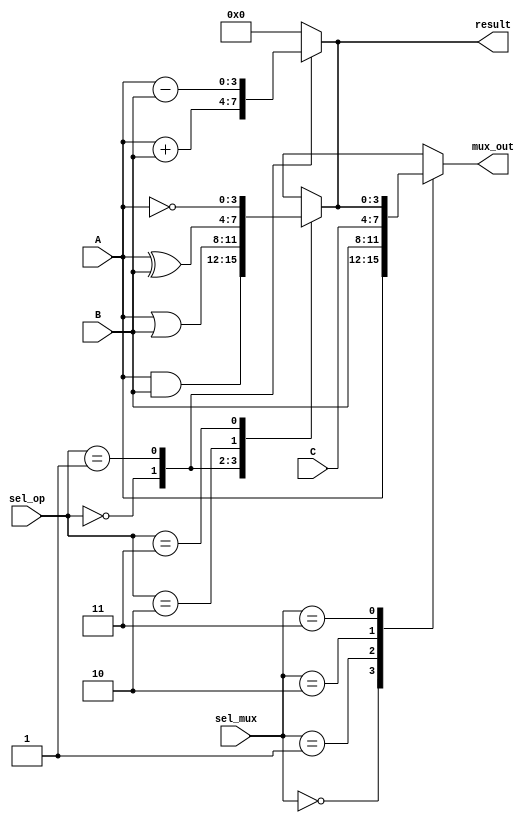
module combinational_logic_block (
    input wire [3:0] A,          // 4-bit input A
    input wire [3:0] B,          // 4-bit input B
    input wire [3:0] C,          // 4-bit input C
    input wire [1:0] sel_op,     // Operation selection
    input wire [1:0] sel_mux,    // MUX selection
    output reg [3:0] result,     // 4-bit result output
    output reg [3:0] mux_out      // MUX output
);

// Logic Unit
always @(*) begin
    case (sel_op)
        2'b00: result = A & B;         // AND operation
        2'b01: result = A | B;         // OR operation
        2'b10: result = A ^ B;         // XOR operation
        2'b11: result = ~A;            // NOT operation
        default: result = 4'b0000;     // Default case
    endcase
end

// Multiplexer
always @(*) begin
    case (sel_mux)
        2'b00: mux_out = A;            // Select A
        2'b01: mux_out = B;            // Select B
        2'b10: mux_out = C;            // Select C
        2'b11: mux_out = result;       // Select result from logic unit
        default: mux_out = 4'b0000;     // Default case
    endcase
end

// Arithmetic Logic Unit (ALU)
always @(*) begin
    case (sel_op)
        2'b00: result = A + B;         // Addition
        2'b01: result = A - B;         // Subtraction
        default: result = 4'b0000;     // Default case
    endcase
end

endmodule